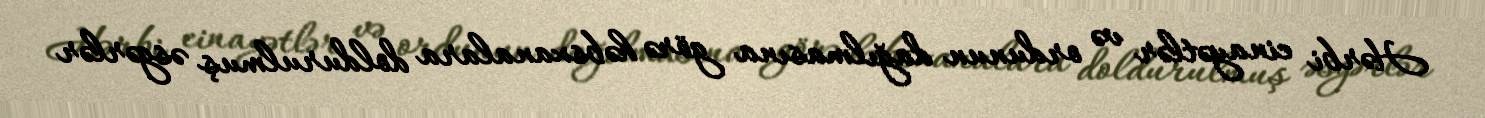
Hərbi cinayətlər və ordunun dağılmasına görə həbsxanalara doldurulmuş əsgərlər